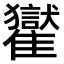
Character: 𩁓